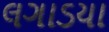
લગાડયા